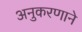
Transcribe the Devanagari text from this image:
अनुकरणाने